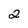
Character: 2